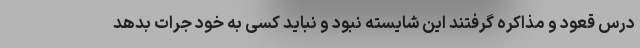
درس قعود و مذاکره گرفتند این شایسته نبود و نباید کسی به خود جرات بدهد